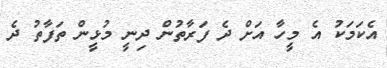
އެކަމަކު އެ މީހާ އަށް ދެ ފަރާތުން ދިނީ މުޅީން ތަފާތު ދެ